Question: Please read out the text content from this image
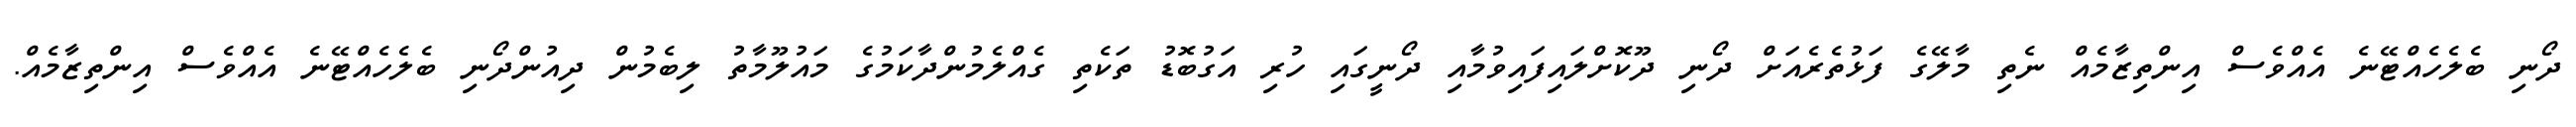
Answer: ދޯނި ބެލެހެއްޓޭނެ އެއްވެސް އިންތިޒާމެއް ނެތި މާލޭގެ ފަޅުތެރެއަށް ދޯނި ދޫކޮށްލައިފައިވުމާއި ދޯނީގައި ހުރި އަގުބޮޑު ތަކެތި ގެއްލެމުންދާކަމުގެ މައުލޫމާތު ލިބެމުން ދިއުންދޯނި ބެލެހެއްޓޭނެ އެއްވެސް އިންތިޒާމެއް.